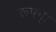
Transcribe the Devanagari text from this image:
रूपम्।